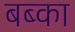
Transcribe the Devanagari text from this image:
बब्का